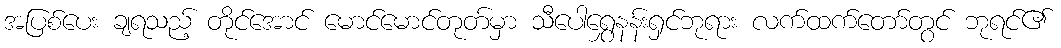
အပြစ်ပေး ချရသည့် တိုင်အောင် မောင်မောင်တုတ်မှာ သီပေါရွှေနန်းရှင်ဘုရား လက်ထက်တော်တွင် ဘုရင်၏